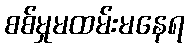
စစ်မှုမထမ်းမနေရ